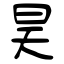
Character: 昊